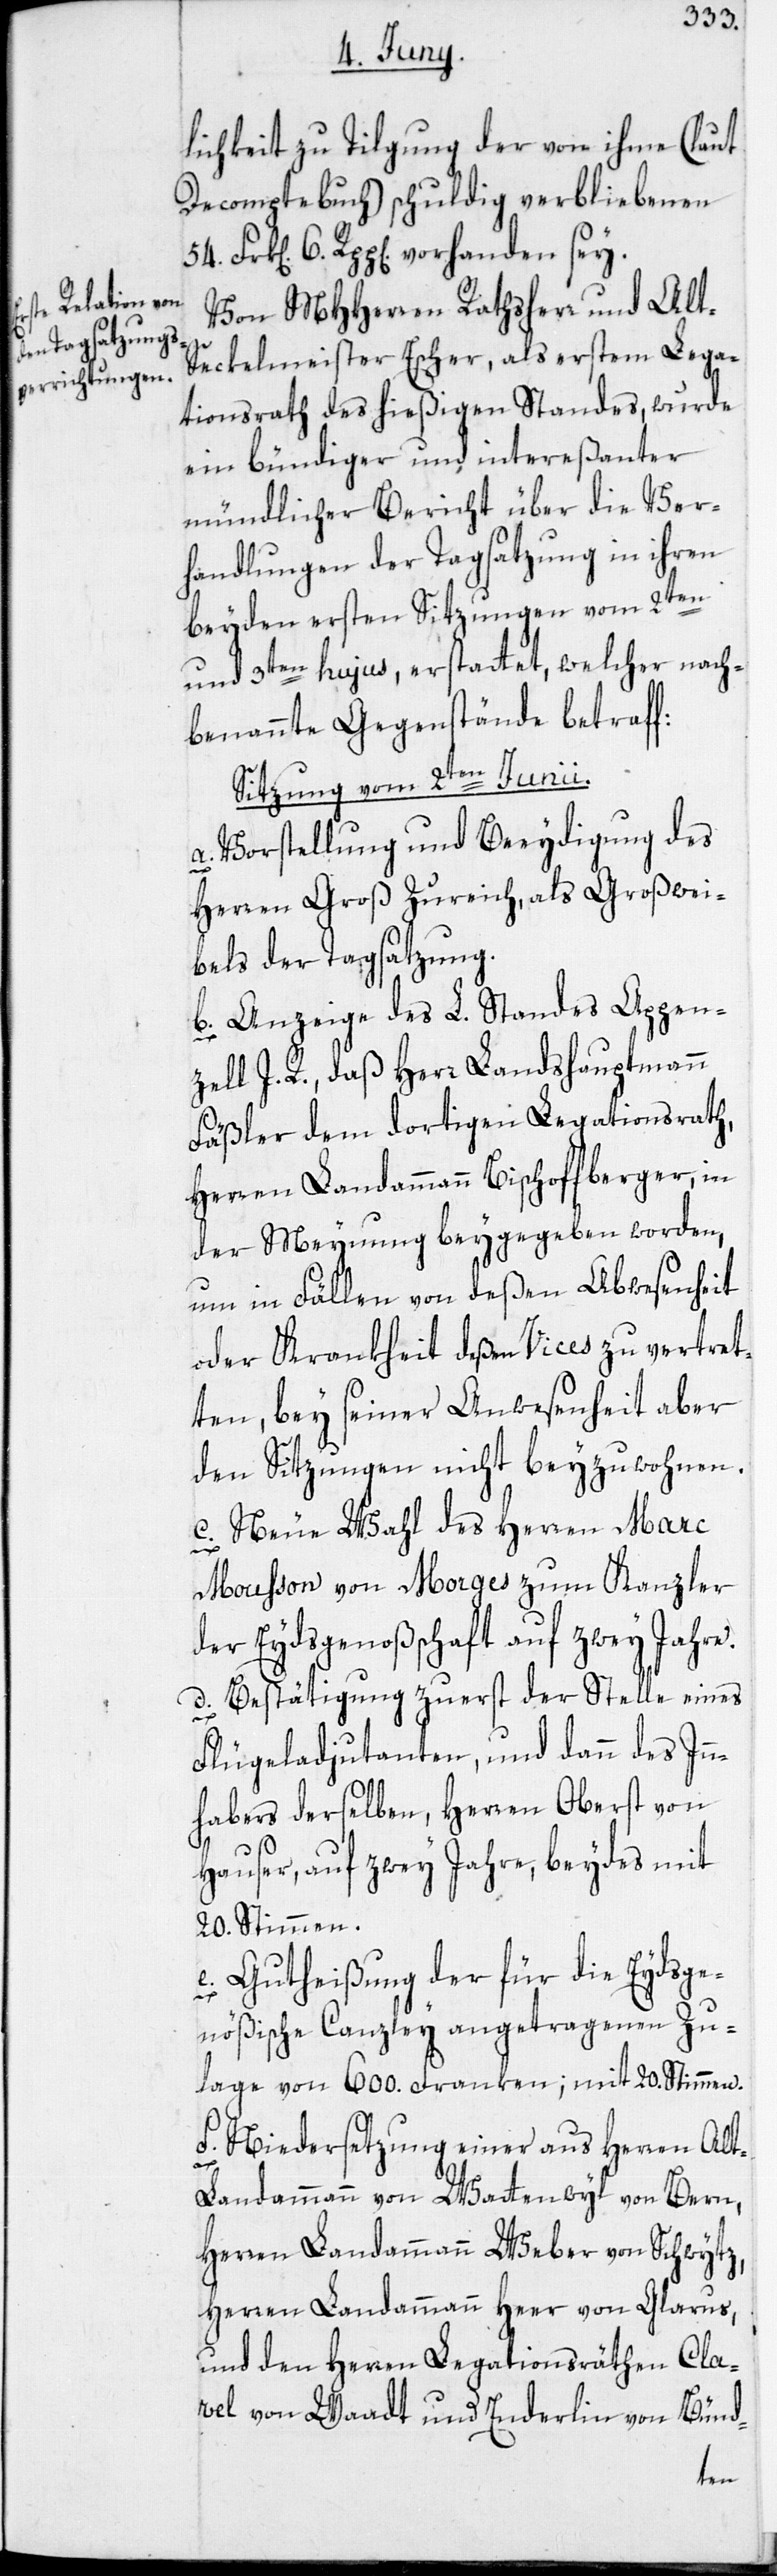
lichkeit zu Tilgung der von ihme (laut
Decomptebuch) schuldig verbliebenen
6 Rpp[en]. vorhanden sey.
Von MHHerren Rathsherr und Alt-S¬
eckelmeister Escher, als erstem Lega¬
tionsrath des hießigen Standes, wurde
ein bündiger und intereßanter
mündlicher Bericht über die Ver¬
handlungen der Tagsatzung in ihren
beyden ersten Sitzungen vom 2ten
und 3ten hujus, erstattet, welcher nach¬
benannte Gegenstände betraff:
Sitzung vom 2ten Junii.
a. Vorstellung und Beeydigung des
Herren Groß Zureich als Großwei¬
bels der Tagsatzung.
b. Anzeige des L. Standes Appen¬
zell I. R., daß Herr Landeshauptmann
Fäßler dem dortigen Legationsrath,
Herren Landammann Bischoffberger, in
der Meynung beygegeben worden,
um in Fällen von deßen Abwesenheit
oder Krankheit deßen Vices zu vertret¬
ten, bey seiner Anwesenheit aber
den Sitzungen nicht beyzuwohnen.
c. Neue Wahl des Herren Marc
Mousson von Morges zum Kanzler
der Eydsgenoßschaft auf zwey Jahre.
d. Bestätigung zuerst der Stelle eines
Flügeladjudanten, und dann des In¬
habers derselben, Herren Oberst von
Hauser, auf zwey Jahre, beydes mit
20. Stimmen.
e. Gutheißung der für die Eydsge¬
nößische Canzley angetragenen Zu¬
lage von 600. Franken; mit 20. Stimmen.
f. Niedersetzung einer aus Herren Al¬
t-Landammann von Wattenwyl von Bern,
Herren Landammann Weber von Schwytz,
Herren Landammann Heer von Glarus,
und den Herren Legationsräthen Cla¬
vel von Waadt und Enderlin von Bünd-